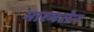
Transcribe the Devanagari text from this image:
मारमरोन